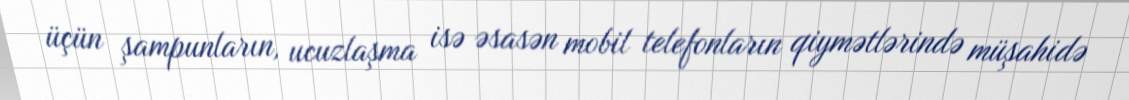
üçün şampunların, ucuzlaşma isə əsasən mobil telefonların qiymətlərində müşahidə